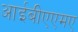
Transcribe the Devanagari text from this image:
आईबीएएमए